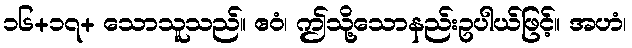
၁၆+၁၇+ သောသူသည်။ ဧဝံ၊ ဤသို့သောနည်းဥပါယ်ဖြင့်။ အဟံ၊